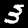
Label: 3